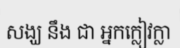
សង្ឃ នឹង ជា អ្នកក្លៀវក្លា